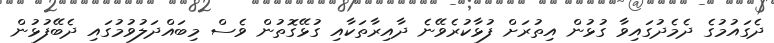
ދެގައުމުގެ ދެމެދުގައިވާ ގުޅުން އިތުރަށް ފުޅާކުރެވޭނެ ދާއިރާތަކާއި ގުޅޭގޮތުން ވެސް މިބައްދަލުވުމުގައި ދެބޭފުޅުން